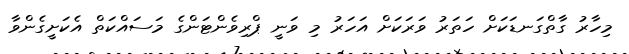
މިހާރު ގާތްގަނޑަކަށް ހަތަރު ވަރަކަށް އަހަރު މި ވަނީ ޕްރިވެންޓަންގެ މަސައްކަތް އެކަށީގެންވާ